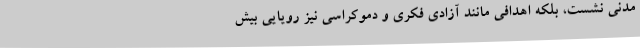
مدنی نشست، بلکه اهدافی مانند آزادی فکری و دموکراسی نیز رویایی بیش